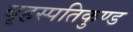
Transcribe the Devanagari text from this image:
बृहस्पतिकुण्ड